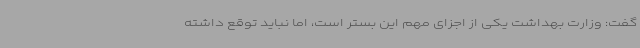
گفت: وزارت بهداشت یکی از اجزای مهم این بستر است، اما نباید توقع داشته